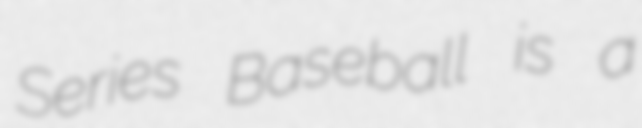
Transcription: Series Baseball is a